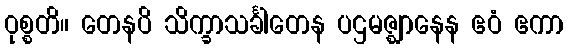
ဝုစ္စတိ။ တေနပိ သိက္ခာသင်္ခါတေန ပဌမဇ္ဈာနေန ဧဝံ ဧကာ